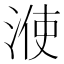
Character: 𣷱